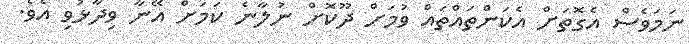
ނަމަވެސް އެގޮތަށް އެކަންތައްތައް ވުމަށް ދޫކޮށް ނުލާނެ ކަމަށް އޭނާ ވިދާޅުވި އެވެ.